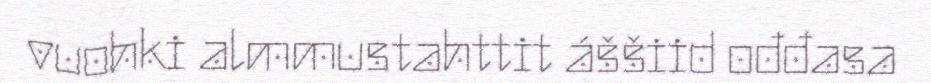
vuohki almmustahttit áššiid ođđasa